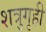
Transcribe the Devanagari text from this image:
शत्रुगृही